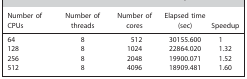
<table><thead><tr><td><b>Number of CPUs</b></td><td><b>Number of threads</b></td><td><b>Number of cores</b></td><td><b>Elapsed time (sec)</b></td><td><b>Speedup</b></td></tr></thead><tbody><tr><td>64</td><td>8</td><td>512</td><td>30155.600</td><td>1</td></tr><tr><td>128</td><td>8</td><td>1024</td><td>22864.020</td><td>1.32</td></tr><tr><td>256</td><td>8</td><td>2048</td><td>19900.071</td><td>1.52</td></tr><tr><td>512</td><td>8</td><td>4096</td><td>18909.481</td><td>1.60</td></tr></tbody></table>